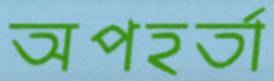
অপহর্তা